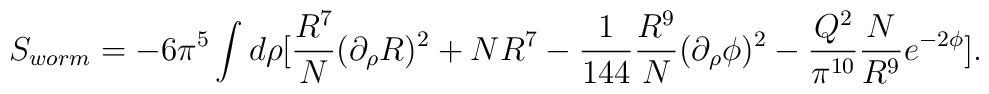
S_{worm}= - 6 \pi^5 \int d\rho \big[ { R^7 \over N} (\partial_\rho R)^2 + N R^7-{1 \over 144}{R^9 \over N} (\partial_\rho \phi)^2 -{Q^2 \over \pi^{10}}{N \over R^9} e^{-2 \phi} \big].